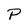
Character: P